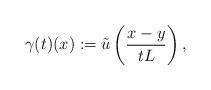
LaTeX: \begin{align*}\gamma(t)(x) := \tilde{u}\left(\frac{x-y}{tL}\right),\end{align*}